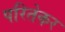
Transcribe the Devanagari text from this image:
परितेकर